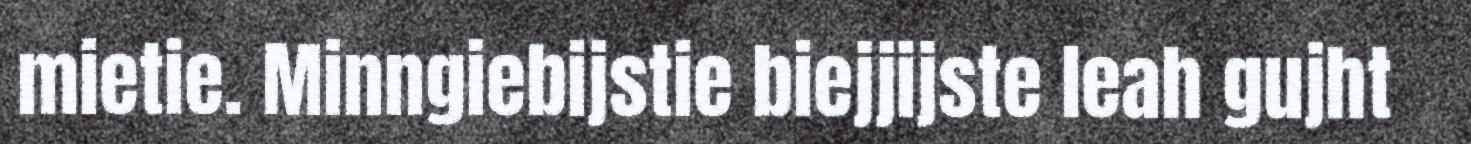
mietie. Minngiebijstie biejjijste leah gujht